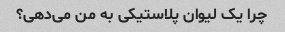
چرا یک لیوان پلاستیکی به من می‌دهی؟